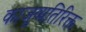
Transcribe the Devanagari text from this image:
काजूव्यतिरिक्त